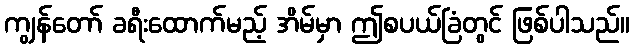
ကျွန်တော် ခရီးထောက်မည့် အိမ်မှာ ဤစပယ်ခြံတွင် ဖြစ်ပါသည်။